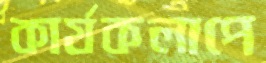
কার্যকলাপে